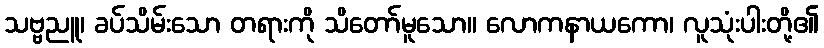
သဗ္ဗညူ၊ ခပ်သိမ်းသော တရားကို သိတော်မူသော။ လောကနာယကော၊ လူသုံးပါးတို့၏